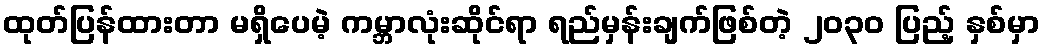
ထုတ်ပြန်ထားတာ မရှိပေမဲ့ ကမ္ဘာလုံးဆိုင်ရာ ရည်မှန်းချက်ဖြစ်တဲ့ ၂၀၃၀ ပြည့် နှစ်မှာ